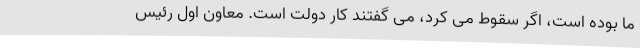
ما بوده است، اگر سقوط می کرد، می گفتند کار دولت است. معاون اول رئیس